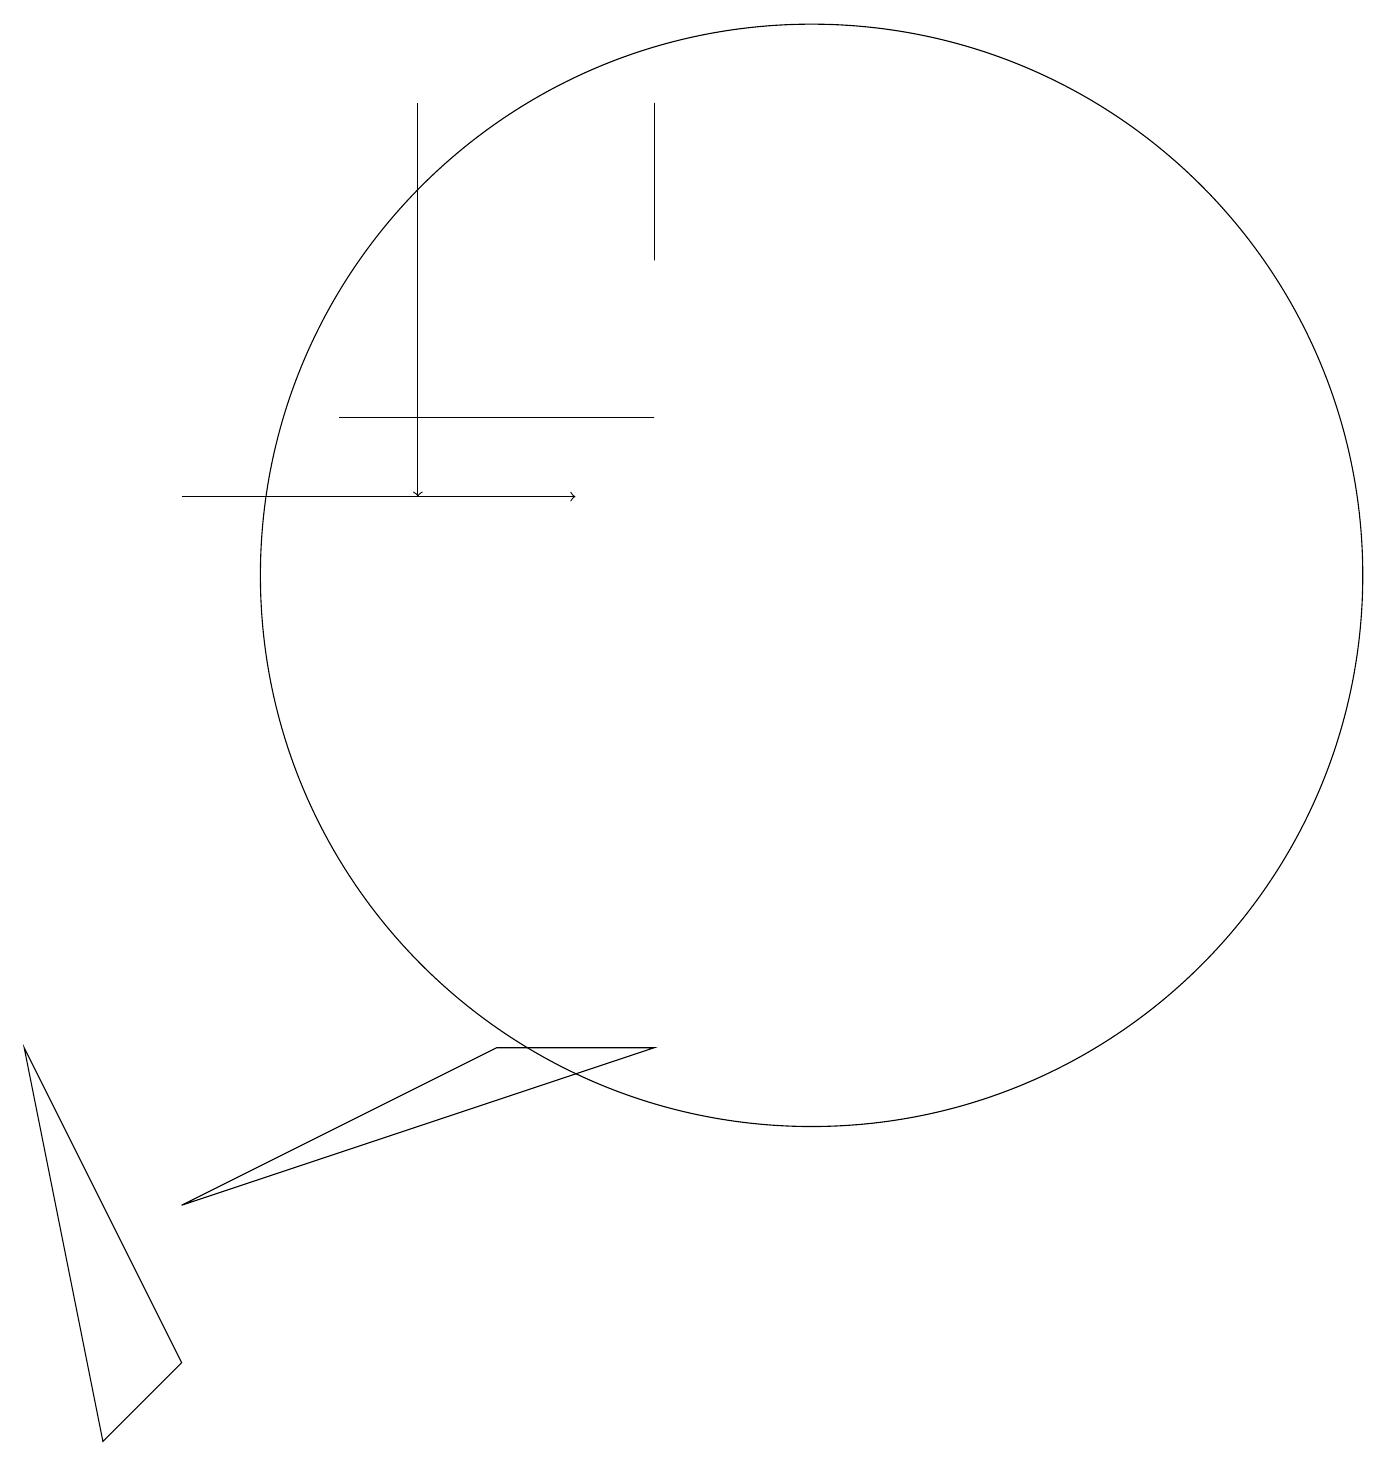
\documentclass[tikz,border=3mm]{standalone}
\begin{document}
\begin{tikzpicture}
\draw (9,16) rectangle (9,18);
\draw[->] (3,13) -- (8,13);
\draw[->] (6,18) -- (6,13);
\draw (11,12) circle (7);
\draw (2,1) -- (1,6) -- (3,2) -- cycle;
\draw (9,14) rectangle (5,14);
\draw (3,4) -- (7,6) -- (9,6) -- cycle;
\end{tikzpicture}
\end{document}